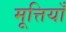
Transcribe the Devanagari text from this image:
मूत्तियाँ